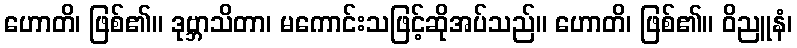
ဟောတိ၊ ဖြစ်၏။ ဒုဗ္ဘာသိတာ၊ မကောင်းသဖြင့်ဆိုအပ်သည်။ ဟောတိ၊ ဖြစ်၏။ ဝိညူနံ၊